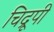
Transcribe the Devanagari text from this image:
चिद्रूपी